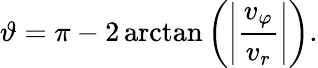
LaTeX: \vartheta=\pi-2\arctan\left(\left|\frac{v_{\varphi}}{v_{r}}\right|\right).